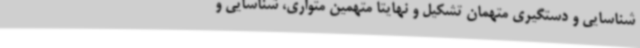
شناسایی و دستگیری متهمان تشکیل و نهایتاً متهمین متواری، شناسایی و